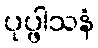
ပုပ္ဖါသနံ